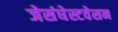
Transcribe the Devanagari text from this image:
जेसंधेस्टवेसन